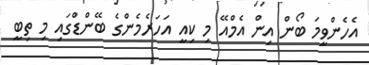
އެހެންވީމަ ބޯން އިން އެމްއޭ މި ކިއީ އަހަރެމެންގެ ބޭންޑްގައި މި ތިބީ